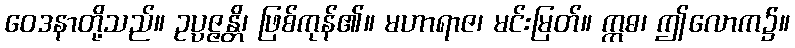
ဝေဒနာတို့သည်။ ဥပ္ပဇ္ဇန္တိ၊ ဖြစ်ကုန်၏။ မဟာရာဇ၊ မင်းမြတ်။ ဣဓ၊ ဤလောက၌။